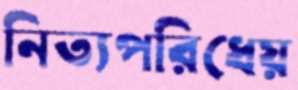
নিত্যপরিধেয়